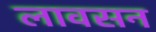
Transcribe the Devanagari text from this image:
लावसन